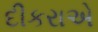
દીકરાએ